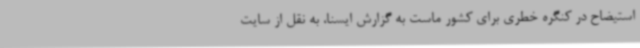
استیضاح در کنگره خطری برای کشور ماست به گزارش ایسنا، به نقل از سایت